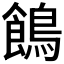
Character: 𪂾